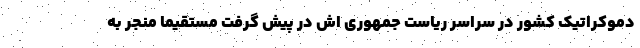
دموکراتیک کشور در سراسر ریاست جمهوری اش در پیش گرفت مستقیما منجر به